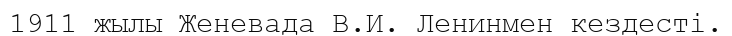
1911 жылы Женевада В.И. Ленинмен кездесті.